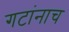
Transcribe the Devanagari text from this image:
गटांनाच